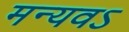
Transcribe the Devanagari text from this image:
मन्यवऽ